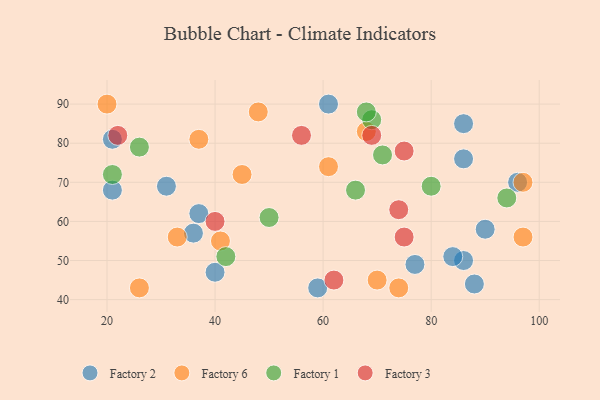
{"axis": {"x": "GDP", "y": "Life Expectancy"}, "legend": ["Factory 1", "Factory 2", "Factory 3", "Factory 6"], "data": [{"x": "90", "y": 58, "type": "Factory 2"}, {"x": "37", "y": 62, "type": "Factory 2"}, {"x": "59", "y": 43, "type": "Factory 2"}, {"x": "88", "y": 44, "type": "Factory 2"}, {"x": "36", "y": 57, "type": "Factory 2"}, {"x": "96", "y": 70, "type": "Factory 2"}, {"x": "21", "y": 68, "type": "Factory 2"}, {"x": "31", "y": 69, "type": "Factory 2"}, {"x": "77", "y": 49, "type": "Factory 2"}, {"x": "61", "y": 90, "type": "Factory 2"}, {"x": "21", "y": 81, "type": "Factory 2"}, {"x": "40", "y": 47, "type": "Factory 2"}, {"x": "86", "y": 50, "type": "Factory 2"}, {"x": "86", "y": 85, "type": "Factory 2"}, {"x": "84", "y": 51, "type": "Factory 2"}, {"x": "86", "y": 76, "type": "Factory 2"}, {"x": "74", "y": 43, "type": "Factory 6"}, {"x": "20", "y": 90, "type": "Factory 6"}, {"x": "48", "y": 88, "type": "Factory 6"}, {"x": "97", "y": 70, "type": "Factory 6"}, {"x": "41", "y": 55, "type": "Factory 6"}, {"x": "97", "y": 56, "type": "Factory 6"}, {"x": "45", "y": 72, "type": "Factory 6"}, {"x": "37", "y": 81, "type": "Factory 6"}, {"x": "68", "y": 83, "type": "Factory 6"}, {"x": "61", "y": 74, "type": "Factory 6"}, {"x": "70", "y": 45, "type": "Factory 6"}, {"x": "26", "y": 43, "type": "Factory 6"}, {"x": "33", "y": 56, "type": "Factory 6"}, {"x": "71", "y": 77, "type": "Factory 1"}, {"x": "69", "y": 86, "type": "Factory 1"}, {"x": "80", "y": 69, "type": "Factory 1"}, {"x": "94", "y": 66, "type": "Factory 1"}, {"x": "66", "y": 68, "type": "Factory 1"}, {"x": "50", "y": 61, "type": "Factory 1"}, {"x": "42", "y": 51, "type": "Factory 1"}, {"x": "68", "y": 88, "type": "Factory 1"}, {"x": "21", "y": 72, "type": "Factory 1"}, {"x": "26", "y": 79, "type": "Factory 1"}, {"x": "75", "y": 78, "type": "Factory 3"}, {"x": "22", "y": 82, "type": "Factory 3"}, {"x": "74", "y": 63, "type": "Factory 3"}, {"x": "40", "y": 60, "type": "Factory 3"}, {"x": "62", "y": 45, "type": "Factory 3"}, {"x": "69", "y": 82, "type": "Factory 3"}, {"x": "75", "y": 56, "type": "Factory 3"}, {"x": "56", "y": 82, "type": "Factory 3"}]}